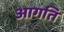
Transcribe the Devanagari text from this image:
आगति